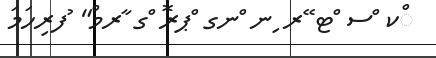
ްކ ްސ ްޓ ޭރ ިނ ްނގ ްޕރޮ ްގ ާރމް" ުފރިހަމަ